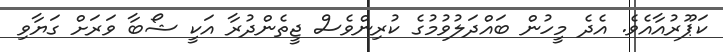
ކަޕޫރުއާއެވެ. އެދެ މީހުން ބައްދަލުވުމުގެ ކުރިންވެސް ޖީތެންދުރާ އަކީ ޝޯބާ ވަރަށް ގަޔާވި